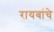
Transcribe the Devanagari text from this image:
रायबांचे